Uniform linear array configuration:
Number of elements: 8
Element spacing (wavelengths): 1
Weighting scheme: hamming
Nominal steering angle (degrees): -15
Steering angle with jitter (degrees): -15.407
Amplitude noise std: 0.05
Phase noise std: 0.05

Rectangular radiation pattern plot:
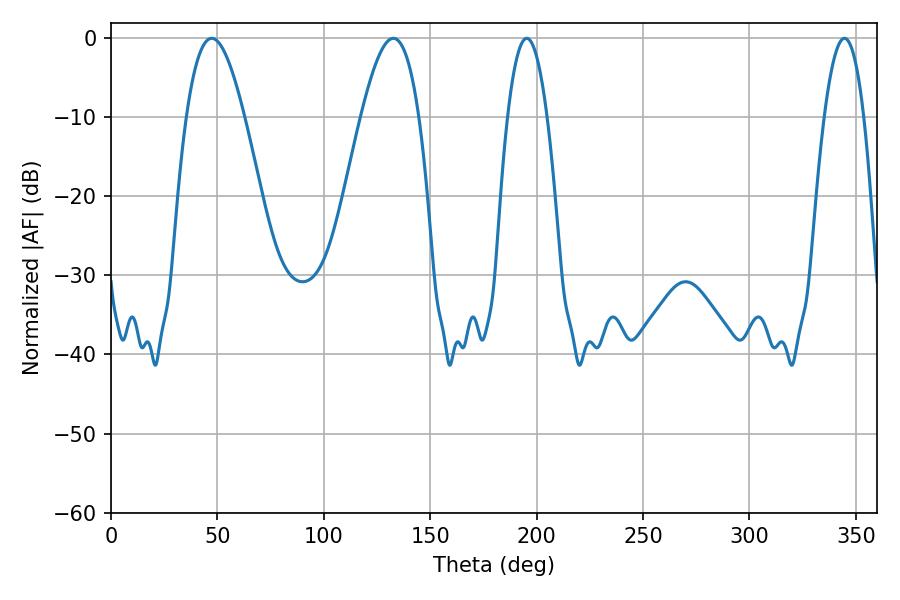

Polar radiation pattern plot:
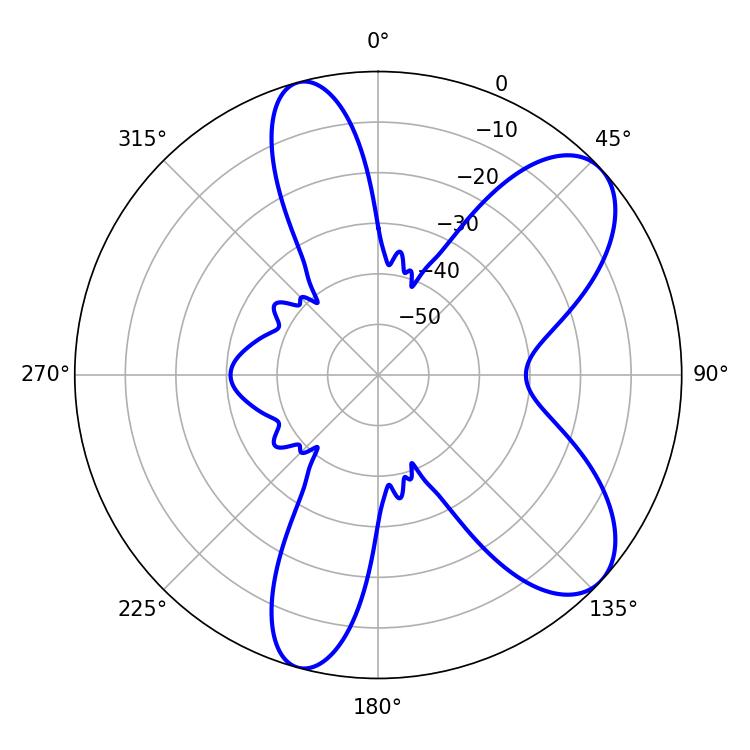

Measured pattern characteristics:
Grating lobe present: TRUE
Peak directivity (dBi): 8.036
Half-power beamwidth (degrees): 14.76
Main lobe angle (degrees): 47.34